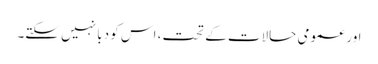
اور عمومی حالات کے تحت، اس کو دبا نہیں سکتے۔